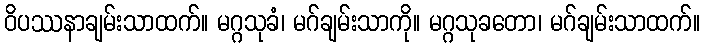
ဝိပဿနာချမ်းသာထက်။ မဂ္ဂသုခံ၊ မဂ်ချမ်းသာကို။ မဂ္ဂသုခတော၊ မဂ်ချမ်းသာထက်။